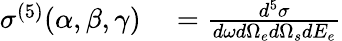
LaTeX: \begin{array}{rl}{\sigma^{(5)}(\alpha,\beta,\gamma)}&{{}=\frac{d^{5}\sigma}{d\omega d\Omega_{e}d\Omega_{s}dE_{e}}}\end{array}